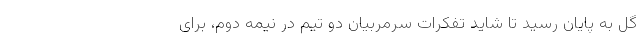
گل به پایان رسید تا شاید تفکرات سرمربیان دو تیم در نیمه دوم، برای